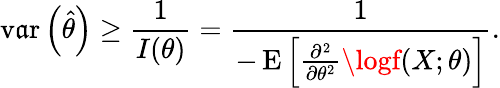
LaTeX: \operatorname{v\mathfrak{a}r}\left({\widehat{{\theta}}}\right)\geq{\frac{{1}}{{I(\theta)}}}={\frac{{1}}{{-\operatorname{E}\left[{\frac{{\partial^{2}}}{{\partial\theta^{2}}}}\logf(X;\theta)\right]}}}.